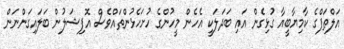
އަލްޠަފްގެ ކާމިޔާބީއާ ގުޅިގެން އައި ބަދަލަކީ އެހެން މީހުންގެ ހުށަހެޅުންތައްވެސް އޮފިޝަލުން ބަލައިގަންނަން